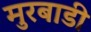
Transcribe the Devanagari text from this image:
मुरबाडी